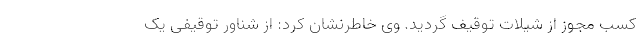
کسب مجوز از شیلات توقیف گردید. وی خاطرنشان کرد: از شناور توقیفی یک